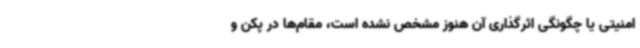
امنیتی یا چگونگی اثرگذاری آن هنوز مشخص نشده است، مقام‌ها در پکن و